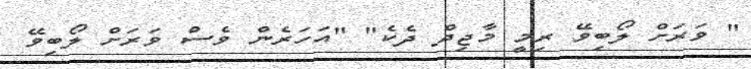
" ވަރަށް ލޯބިވޭ ރިމީ މާޖިދް ދެކެ" "އަހަރެން ވެސް ވަރަށް ލޯބިވޭ